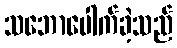
သဘောပေါက်ခဲ့သည်